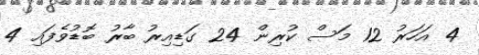
4 އަހަރު 12 މަސް ކުރިން 24 ގަޑިއިރު ބާރު ބޮޑުވެފައި 4